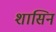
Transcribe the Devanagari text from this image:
शासिन